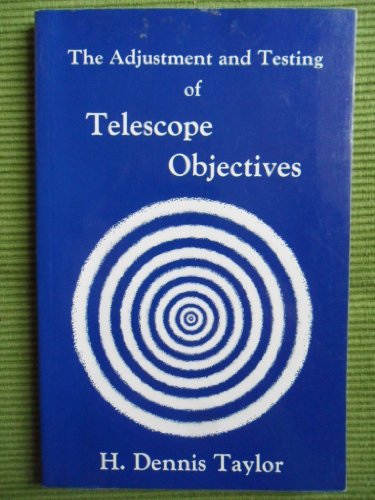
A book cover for Adjustment and Testing of Telescope Objectives; Harold Dennis Taylor; Science & Math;